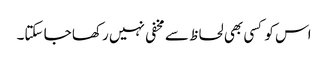
اس کو کسی بھی لحاظ سے مخفی نہیں رکھا جا سکتا۔